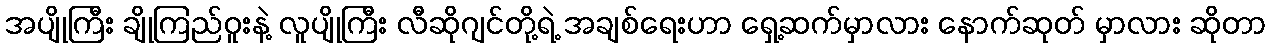
အပျိုကြီး ချိုကြည်ဝူးနဲ့ လူပျိုကြီး လီဆိုဂျင်တို့ရဲ့ အချစ်ရေးဟာ ရှေ့ဆက်မှာလား နောက်ဆုတ် မှာလား ဆိုတာ